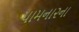
પામના૨ના